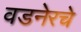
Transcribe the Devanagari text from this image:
वडनेरचे